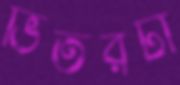
ভিতরটা